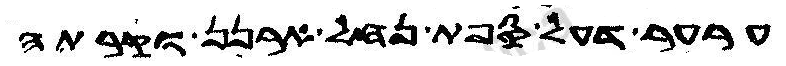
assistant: ערער דעל ספת נחל ארנן וקרתה